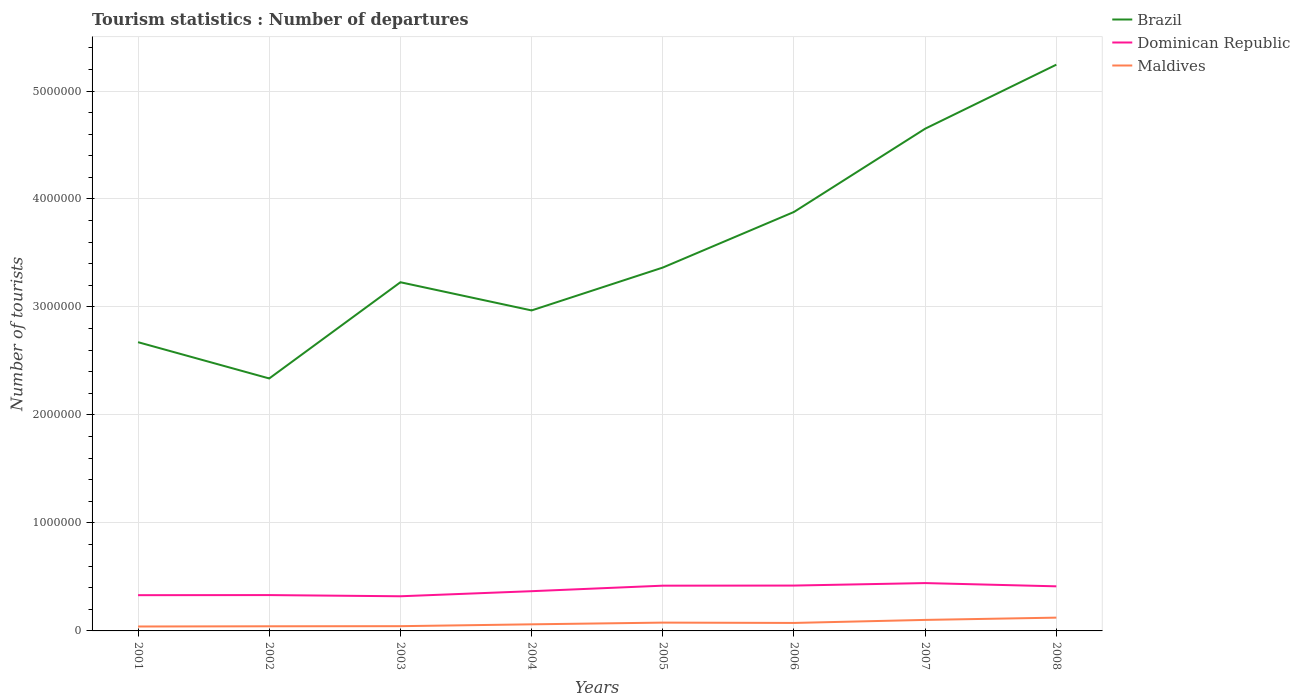
| Years | Brazil | Dominican Republic | Maldives |
 | --- | --- | --- | --- |
 | 2001 | 2.67e+06 | 3.31e+05 | 4.1e+04 |
 | 2002 | 2.34e+06 | 3.32e+05 | 4.3e+04 |
 | 2003 | 3.23e+06 | 3.21e+05 | 4.4e+04 |
 | 2004 | 2.97e+06 | 3.68e+05 | 6.1e+04 |
 | 2005 | 3.36e+06 | 4.19e+05 | 7.7e+04 |
 | 2006 | 3.88e+06 | 4.2e+05 | 7.4e+04 |
 | 2007 | 4.65e+06 | 4.43e+05 | 1.02e+05 |
 | 2008 | 5.24e+06 | 4.13e+05 | 1.23e+05 |